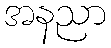
အနညာ